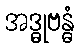
အဒ္ဓုဗန္ဓံ